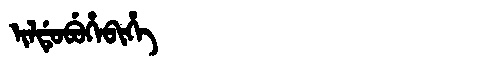
Manchu: ᡳᠯᡩᡠᠪᡠᡥᡝᠪᡳᡥᡝ
Romanization: ILDUBUHEBIHE